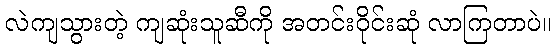
လဲကျသွားတဲ့ ကျဆုံးသူဆီကို အတင်းဝိုင်းဆုံ လာကြတာပဲ။